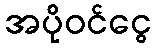
အပိုဝင်ငွေ